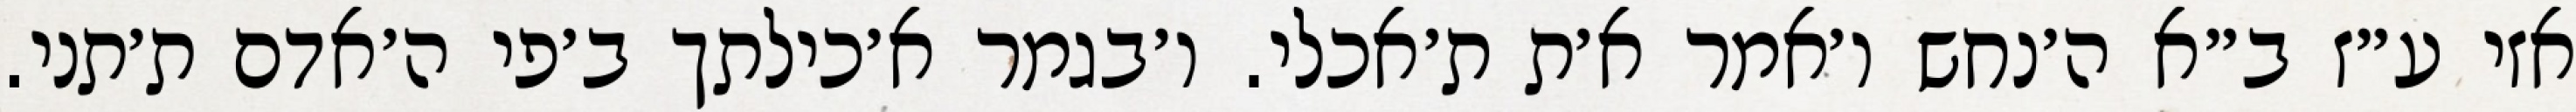
אזי ע״ז ב״א ה׳נחש ו׳אמר א׳ת ת׳אכלי. ו׳בגמר א׳כילתך ב׳פי ה׳אדם ת׳תני.